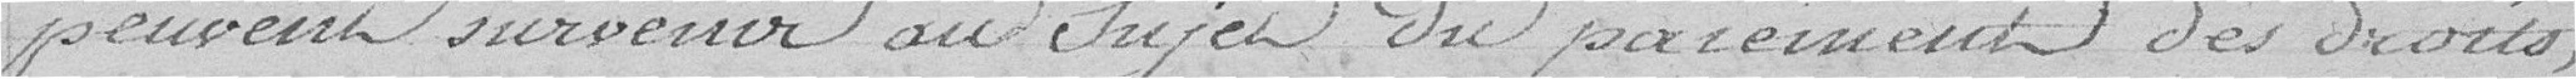
peuvent survenir au sujet du paiement des droits,